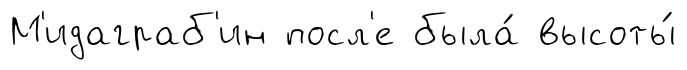
М'идаграб'ин посл'е была́ высоты́